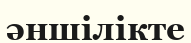
әншілікте